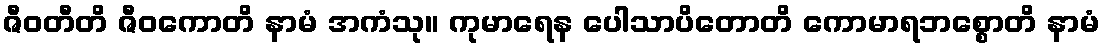
ဇီဝတီတိ ဇီဝကောတိ နာမံ အကံသု။ ကုမာရေန ပေါသာပိတောတိ ကောမာရဘစ္စောတိ နာမံ